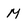
Character: M